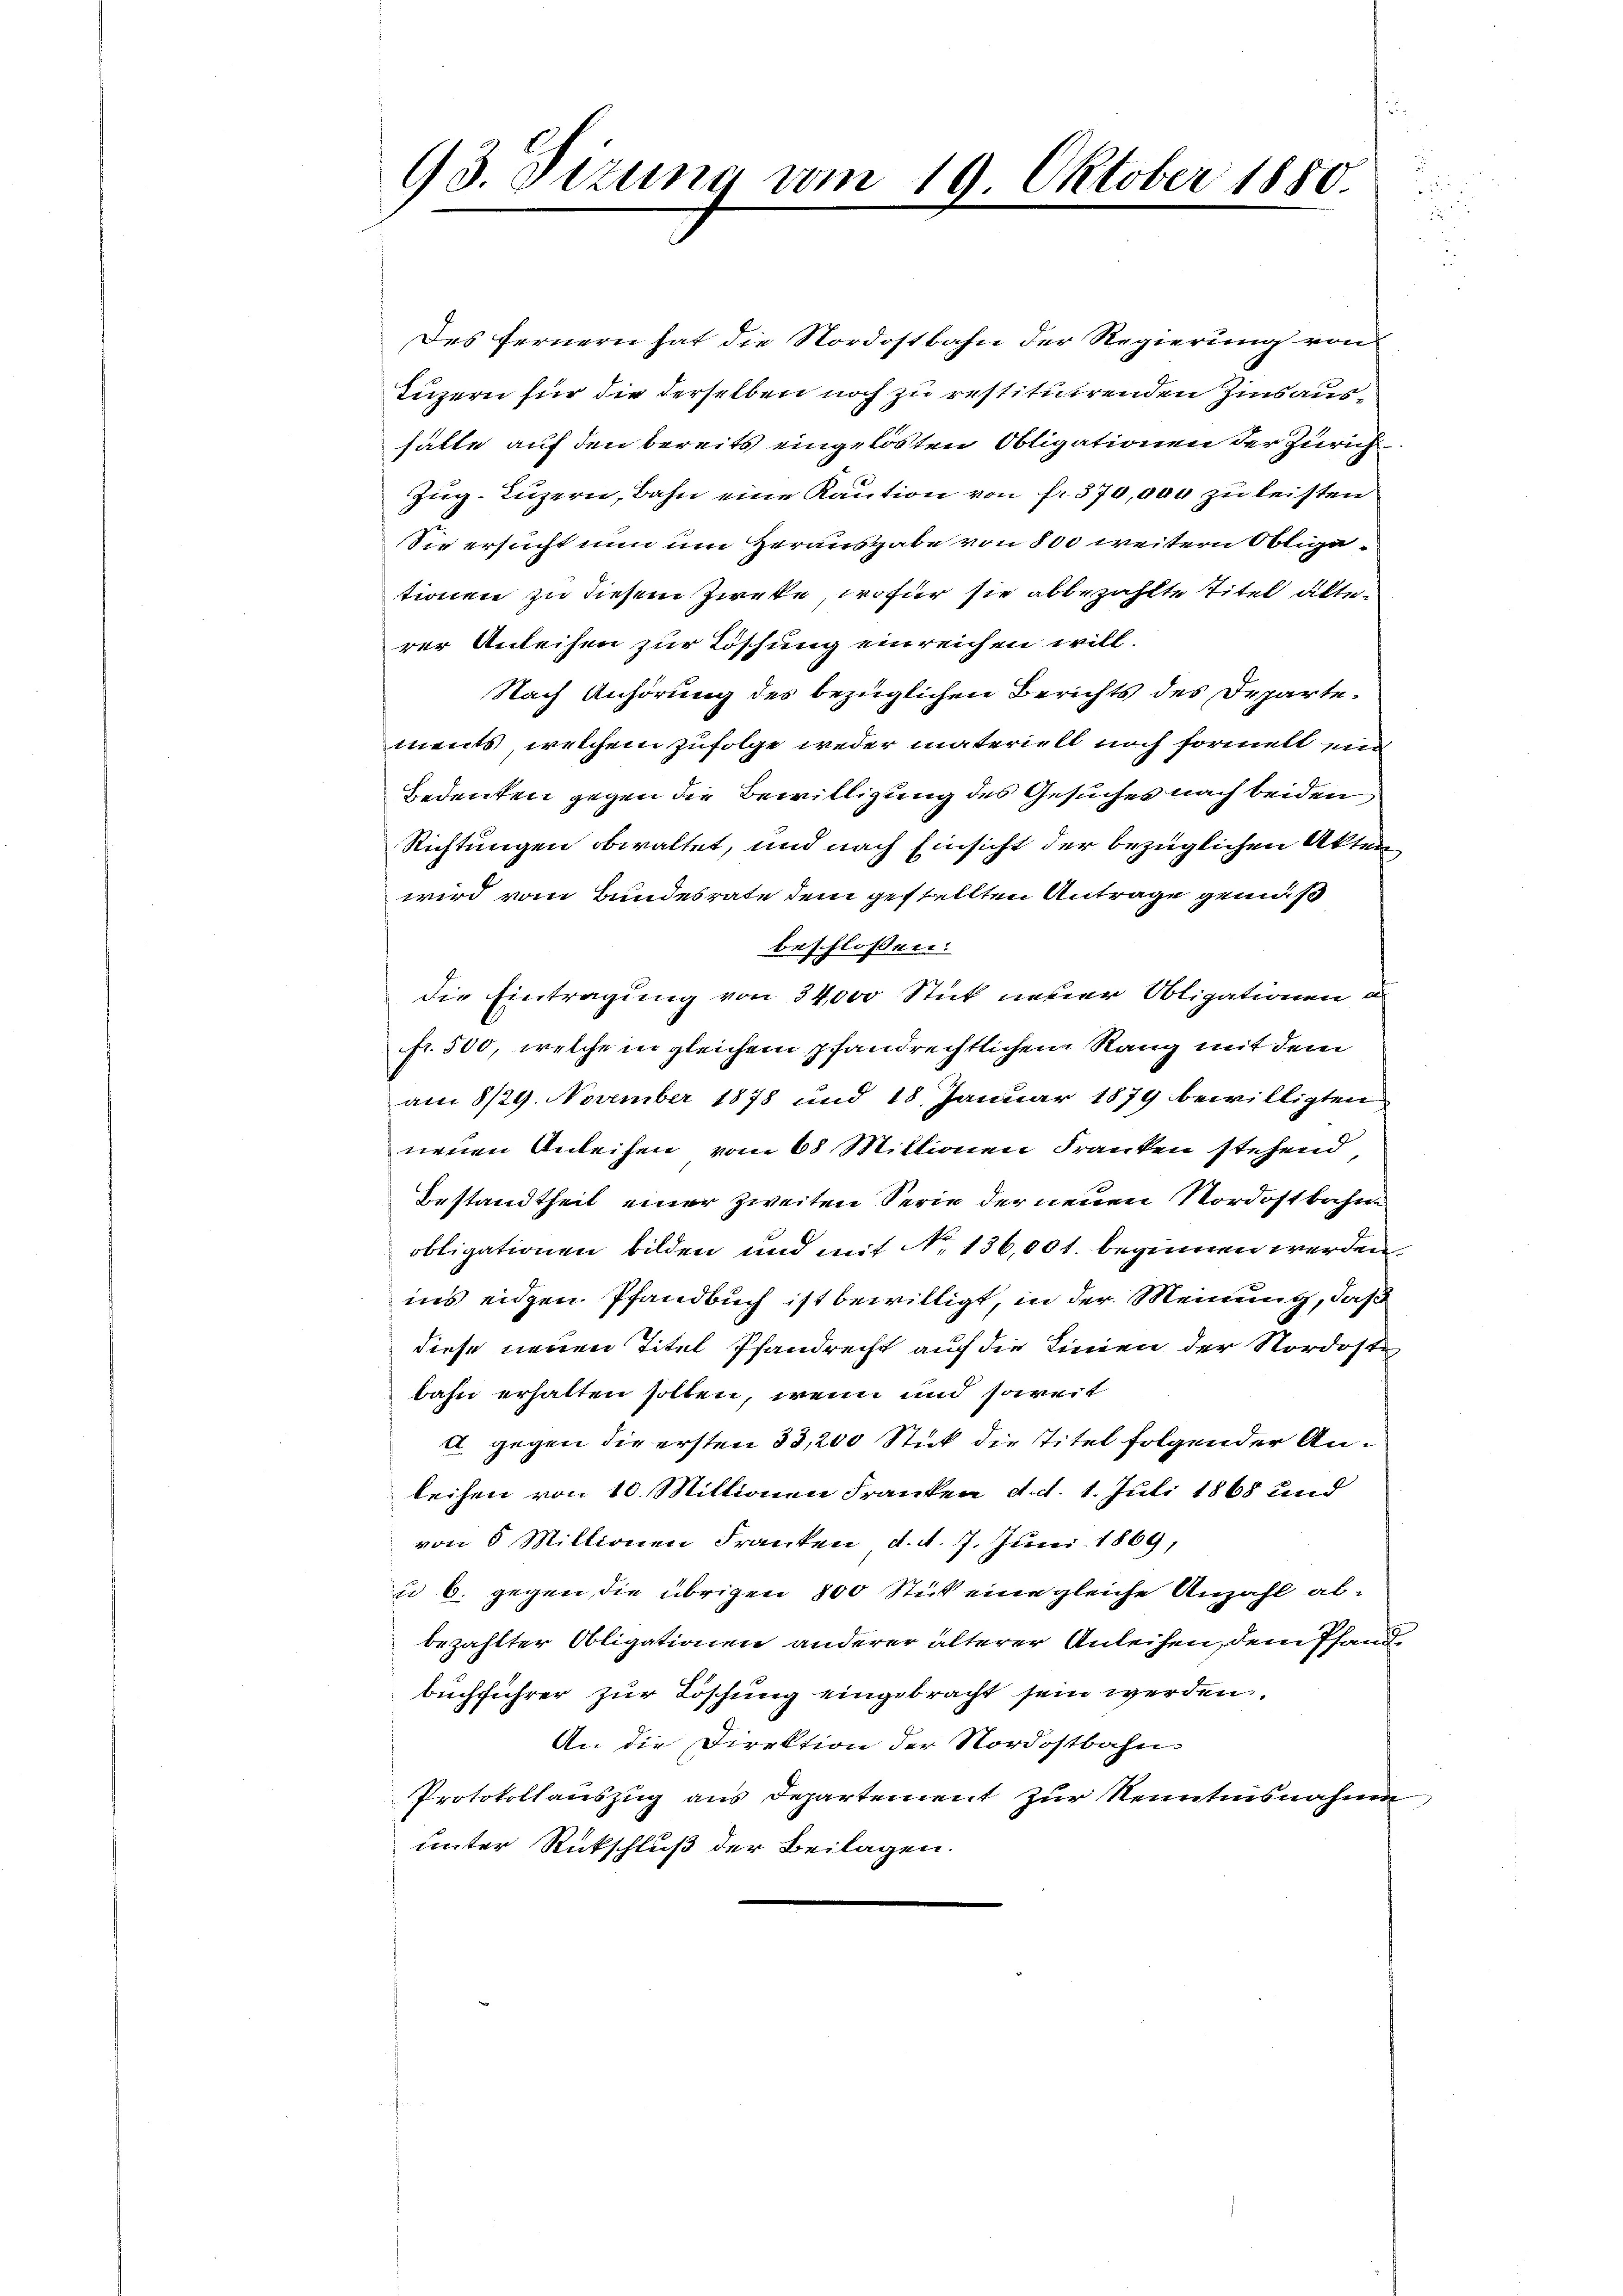
93. Sizung vom 19. Oktober 1880.

Des fernern hat die Nordostbahn der Regierung von
Luzern für die derselben noch zu restituirenden Zins aushälle auf den bereits eingelösten Obligationen der Zürich
Zŭg-Luzern, Bahn eine Kaution von fr. 370,000 zu leisten
Sie ersucht nun um Herausgabe von 800 weitern Obligetionen zu diesem Zircke, wofür sie abbezahlte Titel älterer Anleihen zur Toschung einreichen will.
Nach Anhörung des bezüglichen Berichts des Departements, welchem zufolge weder materiell noch formell zu
Bedenken gegen die Bewilligung des Gesuches nach beiden
Richtungen obwaltet, und nach Einsicht der bezüglichen Akten
wird vom Bundesrate dem gestellten Antrage gemäß
beschlossen:
die Eintragung von 34,000 Stück neuer Obligationen d
fr. 500, welche in gleichem pfandrechtlichem Rang mit dem
am 8/29. November 1878 und 18. Januar 1879 bewilligten
neuen Anleihen vom 68 Millionen Franken stehend
Bestandtheit einer zweiten Serie der neuen Nordostbahne
obligationen bilden und mit No 136,001. beginnen werden.
ins eigen Pfandbuch ist bewilligt, in der Meinung, daß
diese neuen Titel Pfandrecht auf die Linien der Nordoste
bahn erhalten sollen, wenn und soweit
4 gegen die ersten 33,200 Stick die Titel folgender Anleihen von 10. Millionen Franken d. d. 1. Juli 1868 und
von 5 Millionen Franken d. d. 7. Juni 1869,
u 6. gegen die übrigen 100 Stück eine gleiche Anzahl abbezahlter Obligationen anderer älterer Anleihen, dem Pfandbuchführer zur Löschung eingebracht sein werden.
An die Direktion der Nordostbahn-
Protokollauszug aus Departement zur Kenntnisnahme,
unter Rückschluß der Beilagen.